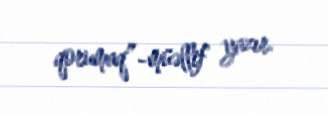
qorumaq”-müəllif yazır.